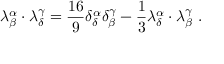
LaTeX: \lambda _ { \beta } ^ { \alpha } \cdot \lambda _ { \delta } ^ { \gamma } = { \frac { 1 6 } { 9 } } \delta _ { \delta } ^ { \alpha } \delta _ { \beta } ^ { \gamma } - { \frac { 1 } { 3 } } \lambda _ { \delta } ^ { \alpha } \cdot \lambda _ { \beta } ^ { \gamma } ~ .